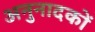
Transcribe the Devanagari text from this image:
अनुनादकों